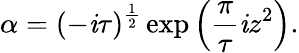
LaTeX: \alpha=(-\mathit{i}\tau)^{\frac{{1}}{{2}}}\exp\left({\frac{{\pi}}{{\tau}}}\mathit{i}z^{2}\right).